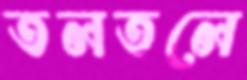
তলতলে